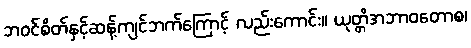
ဘဝင်စိတ်နှင့်ဆန့်ကျင်ဘက်ကြောင့် လည်းကောင်း။ ယုတ္တိအဘာဝတောစ၊